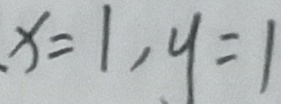
x = 1 , y = 1